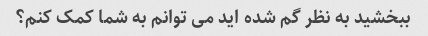
ببخشید به نظر گم شده اید می توانم به شما کمک کنم؟